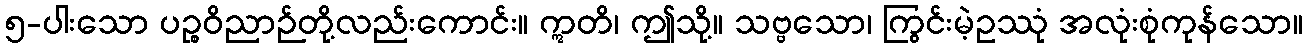
၅-ပါးသော ပဉ္စဝိညာဉ်တို့လည်းကောင်း။ ဣတိ၊ ဤသို့။ သဗ္ဗသော၊ ကြွင်းမဲ့ဥဿုံ အလုံးစုံကုန်သော။